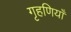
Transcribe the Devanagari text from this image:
गृहणियाँ